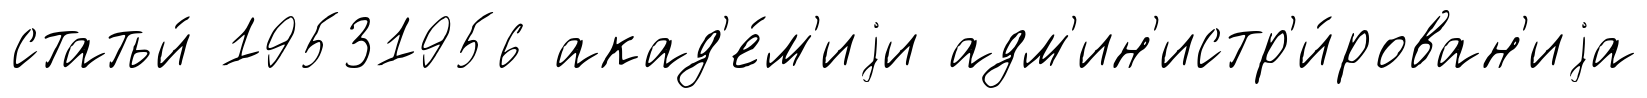
статьи́ 19531956 акад'е́м'иjи адм'ин'истр'и́рован'иjа